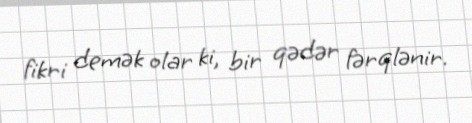
fikri demək olar ki, bir qədər fərqlənir.